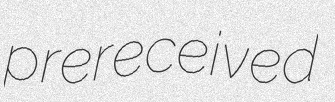
prereceived